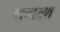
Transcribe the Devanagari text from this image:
वागामण